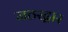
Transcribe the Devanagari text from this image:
जठरद्वार